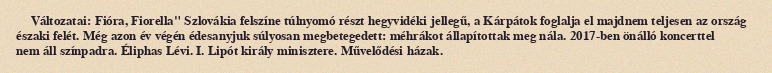
Változatai: Fióra, Fiorella" Szlovákia felszíne túlnyomó részt hegyvidéki jellegű, a Kárpátok foglalja el majdnem teljesen az ország északi felét. Még azon év végén édesanyjuk súlyosan megbetegedett: méhrákot állapítottak meg nála. 2017-ben önálló koncerttel nem áll színpadra. Éliphas Lévi. I. Lipót király minisztere. Művelődési házak.